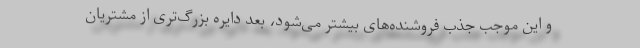
و این موجب جذب فروشنده‌های بیشتر می‌شود، بعد دایره بزرگ‌تری از مشتریان